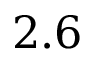
2 . 6